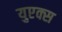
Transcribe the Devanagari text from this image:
युएक्स